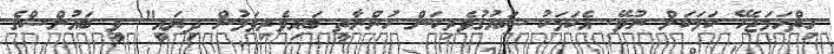
ހިތްހަމަޖެހޭ ކަމަކަށް ނުވޭ. އެކަމަކު ޝައުގުވެރިކަން ހުންނާތީ ބައިވެރިވަމުން ދިޔައީ" ވީ ބައުންސްގެ